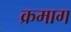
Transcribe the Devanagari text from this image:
क्रमाग